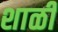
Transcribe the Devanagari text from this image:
शाळी